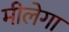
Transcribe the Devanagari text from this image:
मीलेगा